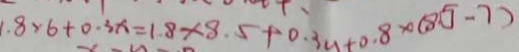
. 8 \times 6 + 0 . 3 x = 1 . 8 \times 8 . 5 + 0 . 3 n + 0 . 8 \times ( 8 . 5 - 7 )